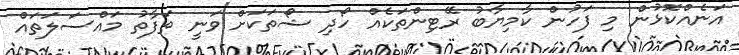
އަނެއްކޮޅުން މި ފަހުން ކާމިޔާބު ރޭޓިންތަކެއް ހޯދި ޝޯތަކަށް ވަނީ ތަފާތު މައްސަލަތައް